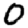
Digit: 0